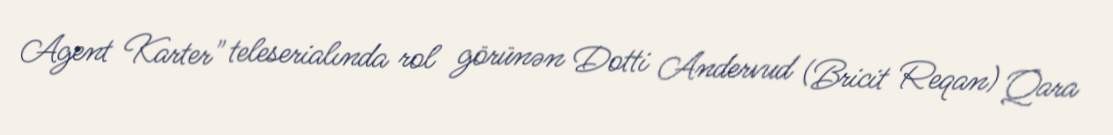
Agent Karter" teleserialında rol görünən Dotti Andervud (Bricit Reqan) Qara